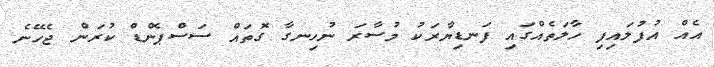
އެއް އުފުލައިފި ހާލަތެއްގައި ފަނޑިޔާރަކު މުސާރަ ނުހިނގާ ގޮތައް ސަސްޕެންޑް ކުރަން ޖެހޭނެ